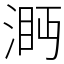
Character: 㴐